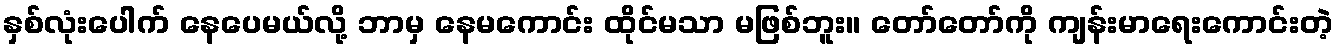
နှစ်လုံးပေါက် နေပေမယ်လို့ ဘာမှ နေမကောင်း ထိုင်မသာ မဖြစ်ဘူး။ တော်တော်ကို ကျန်းမာရေးကောင်းတဲ့